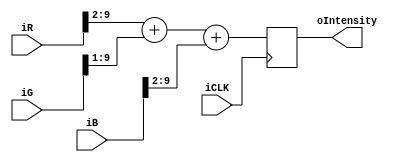
////////////////////////////////////////////////////
//Intensity Calculator Module
//Jeff Yates, Tom Gowing, Kerran Flanagan
//ECE 5760 Final Project - Cartoonifier
////////////////////////////////////////////////////
module intensityCalc (
	iCLK,
	iR,iG,iB,
	oIntensity
);

	input			iCLK;			//27MHz VGA clock
	input [9:0]	iR,iG,iB;	//RGB input
	
	output reg [9:0] oIntensity;	//Intensity output
	
	always @(posedge iCLK) begin
		//    I     =  .25R  +  .5G  + .25B
		oIntensity <= (iR>>2)+(iG>>1)+(iB>>2);
	end
	
endmodule